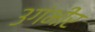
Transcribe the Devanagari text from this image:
३गंभीर